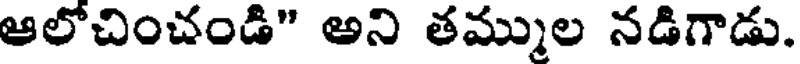
ఆలోచించండి" అని తమ్ముల నడిగాడు.